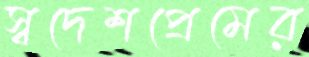
স্বদেশপ্রেমের